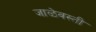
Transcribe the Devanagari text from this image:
जाळेवस्ती